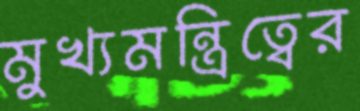
মুখ্যমন্ত্রিত্বের